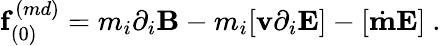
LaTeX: {\mathbf f}_{(0)}^{(md)}=m_{i}\partial_{i}{\mathbf B}-m_{i}[{\mathbf v}\partial_{i}{\mathbf E}]-[\dot{\mathbf m}{\mathbf E}]\ .